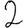
Digit: 2